King Institute of Preventive Medicine Micro-Biological Section reports 1909-11
Year: 1909
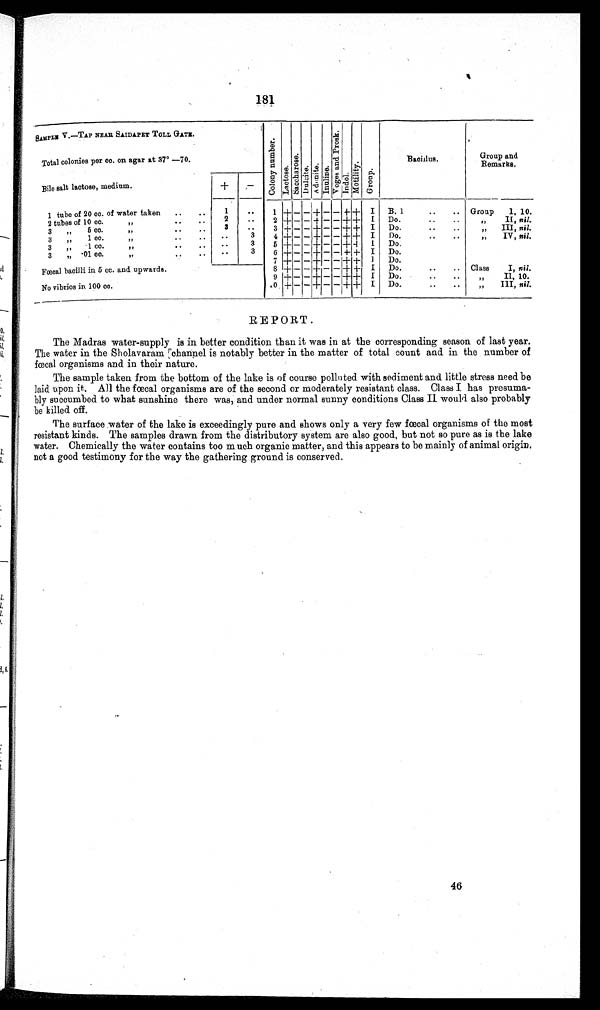
181
SAMPLE V.—TAP NEAR SAIDAPET TOLL GATE.
Total colonies per cc. on agar at 37° —70.
c o l o n y N u m b e r
Lact os e.
S a o c h a r o s e
Dul oi t e. Adoni t e.
Inul i ne
V o g e s a n d P r o s k .
I n d o l .
Mot i l i t y.
Group.
Baoillus.
Group and
Remarks.
Bile salt lactose, medium.
+
–
1 tube of 20 cc. of water taken ..
..
1
. .
1 + – — + — – + + I B. 1
..
.. Group 1, 10.
2 tubes of 10 cc.
. . .
..
2
. .
2 + – – + — — ++ I Do...
..
„
II, nil.
3 „ 5 cc.
" ••
..
3
. .
3 + — — + — — + + I Do.
..
..
„ III, nil.
3
1 cc.
" ..
• .
• •
3
4 + — —.-+ — — + + I Do.
„
IV, nil.
3
.1 CC.
"
• .
• .
• •
3
5 -+ — — + — — + + 1 Do.
,,
3 „ .01 cc.
•..
..
..
3
6 ± — — + — — +- + I Do.
7
+ — — + +•
Do.
Fœcal bacilli in 5 cc. and upwards.
No vibrios in 100 cc.
8 + — — + — — + + I Do.
..
.. Class
I, nil.
9 +
+
+ I Do.
,,
II, 10.
10 + – + — – + I Do.
III, nil.
REPORT .
The Madras water-supply is in better condition than it was in at the corresponding season of last year.
The water in the Sholavaram channel is notably better in the matter of total count and in the number of
f o e c a l o r g a n i s m s a n d i n t h e i r n a t u r e .
The sample taken from the bottom of the lake is of course polluted with sediment and little stress need be
laid upon it. All the foecal organisms are of the second or moderately resistant class. Class I has presuma-
bly succumbed to what sunshine there was, and under normal sunny conditions Class II would also probably
be killed off.
The surface water of the lake is exceedingly pure and shows only a very few foetal organisms of the most
resistant kinds. The samples drawn from the distributory system are also good, but not so pure as is the lake
water. Chemically the water contains too much organic matter, and this appears to be mainly of animal origin,
not a good testimony for the way the gathering ground is conserved.
46